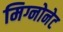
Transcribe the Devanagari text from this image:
मिग्नोनेट